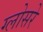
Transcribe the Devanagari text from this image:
ग्लोसरे